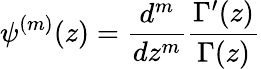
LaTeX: \psi^{(m)}(z)={\frac{d^{m}}{dz^{m}}}{\frac{\Gamma^{\prime}(z)}{\Gamma(z)}}